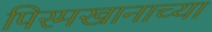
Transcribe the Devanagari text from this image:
पिरमखानाच्या